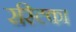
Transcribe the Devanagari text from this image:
रस्टिका